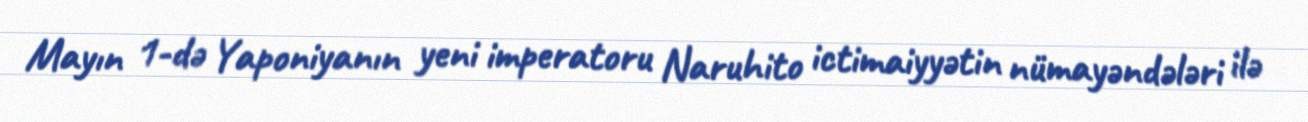
Mayın 1-də Yaponiyanın yeni imperatoru Naruhito ictimaiyyətin nümayəndələri ilə